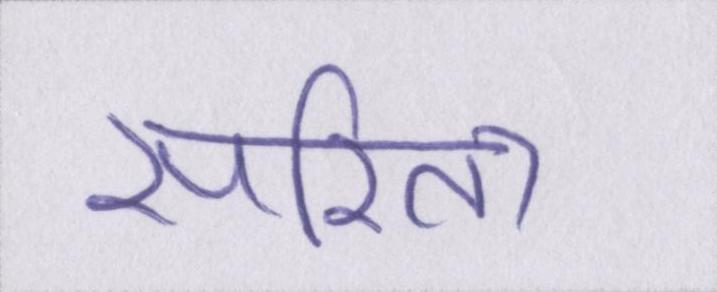
सरिता